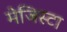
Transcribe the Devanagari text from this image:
मेजिस्टा